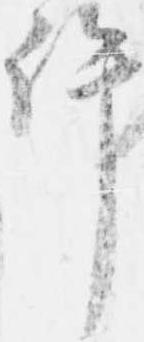
許